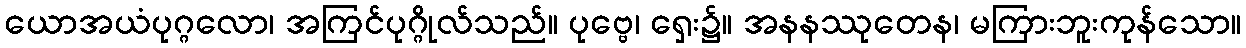
ယောအယံပုဂ္ဂလော၊ အကြင်ပုဂ္ဂိုလ်သည်။ ပုဗ္ဗေ၊ ရှေး၌။ အနနဿုတေန၊ မကြားဘူးကုန်သော။